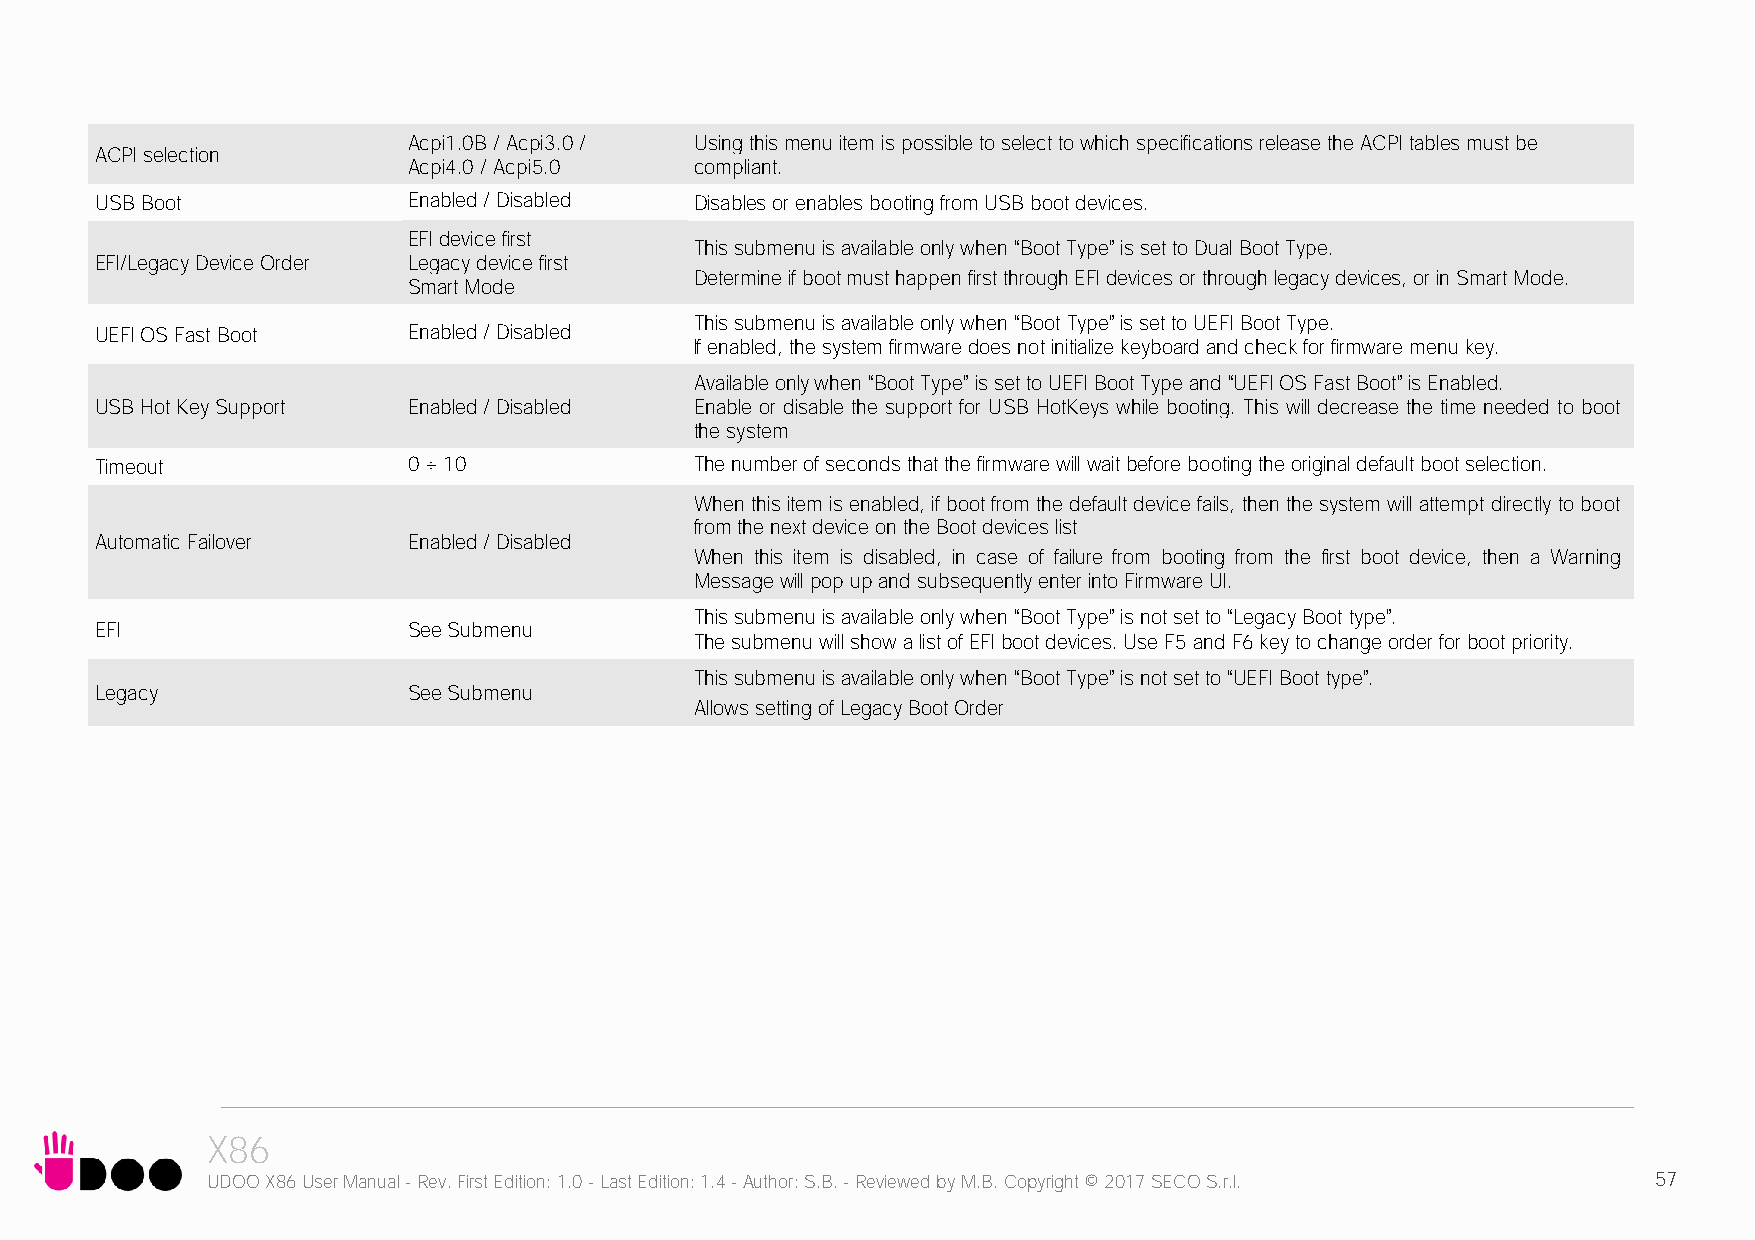
Acpi1.0B / Acpi3.0 / Using this menu item is possible to select to which specifications release the ACPI tables must be
 ACPI selection
 Acpi4.0 / Acpi5.0  compliant.
 USB Boot             Enabled / Disabled Disables or enables booting from USB boot devices.
 EFI device first
 This submenu is available only when “Boot Type” is set to Dual Boot Type.
 EFI/Legacy Device Order Legacy device first
 Determine if boot must happen first through EFI devices or through legacy devices, or in Smart Mode.
 Smart Mode
 This submenu is available only when “Boot Type” is set to UEFI Boot Type.
 UEFI OS Fast Boot    Enabled / Disabled
 If enabled, the system firmware does not initialize keyboard and check for firmware menu key.
 Available only when “Boot Type” is set to UEFI Boot Type and “UEFI OS Fast Boot” is Enabled.
 USB Hot Key Support  Enabled / Disabled Enable or disable the support for USB HotKeys while booting. This will decrease the time needed to boot
 the system
 Timeout              0 ÷ 10             The number of seconds that the firmware will wait before booting the original default boot selection.
 When this item is enabled, if boot from the default device fails, then the system will attempt directly to boot
 from the next device on the Boot devices list
 Automatic Failover   Enabled / Disabled
 When this item is disabled, in case of failure from booting from the first boot device, then a Warning
 Message will pop up and subsequently enter into Firmware UI.
 This submenu is available only when “Boot Type” is not set to “Legacy Boot type”.
 EFI                  See Submenu
 The submenu will show a list of EFI boot devices. Use F5 and F6 key to change order for boot priority.
 This submenu is available only when “Boot Type” is not set to “UEFI Boot type”.
 Legacy               See Submenu
 Allows setting of Legacy Boot Order
 X86
 UDOO X86 User Manual - Rev. First Edition: 1.0 - Last Edition: 1.4 - Author: S.B. - Reviewed by M.B. Copyright © 2017 SECO S.r.l. 57